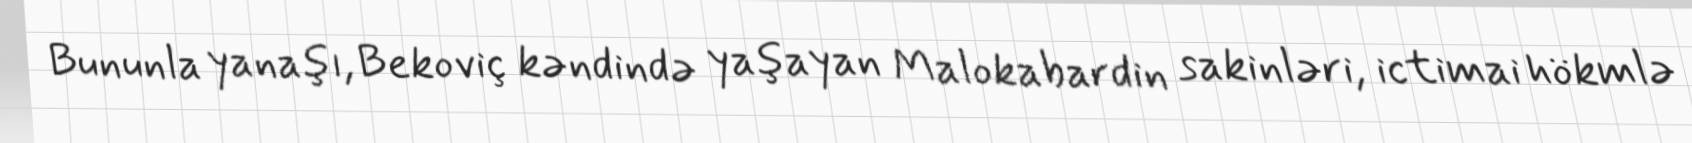
Bununla yanaşı, Bekoviç kəndində yaşayan Malokabardin sakinləri, ictimai hökmlə